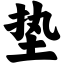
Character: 垫